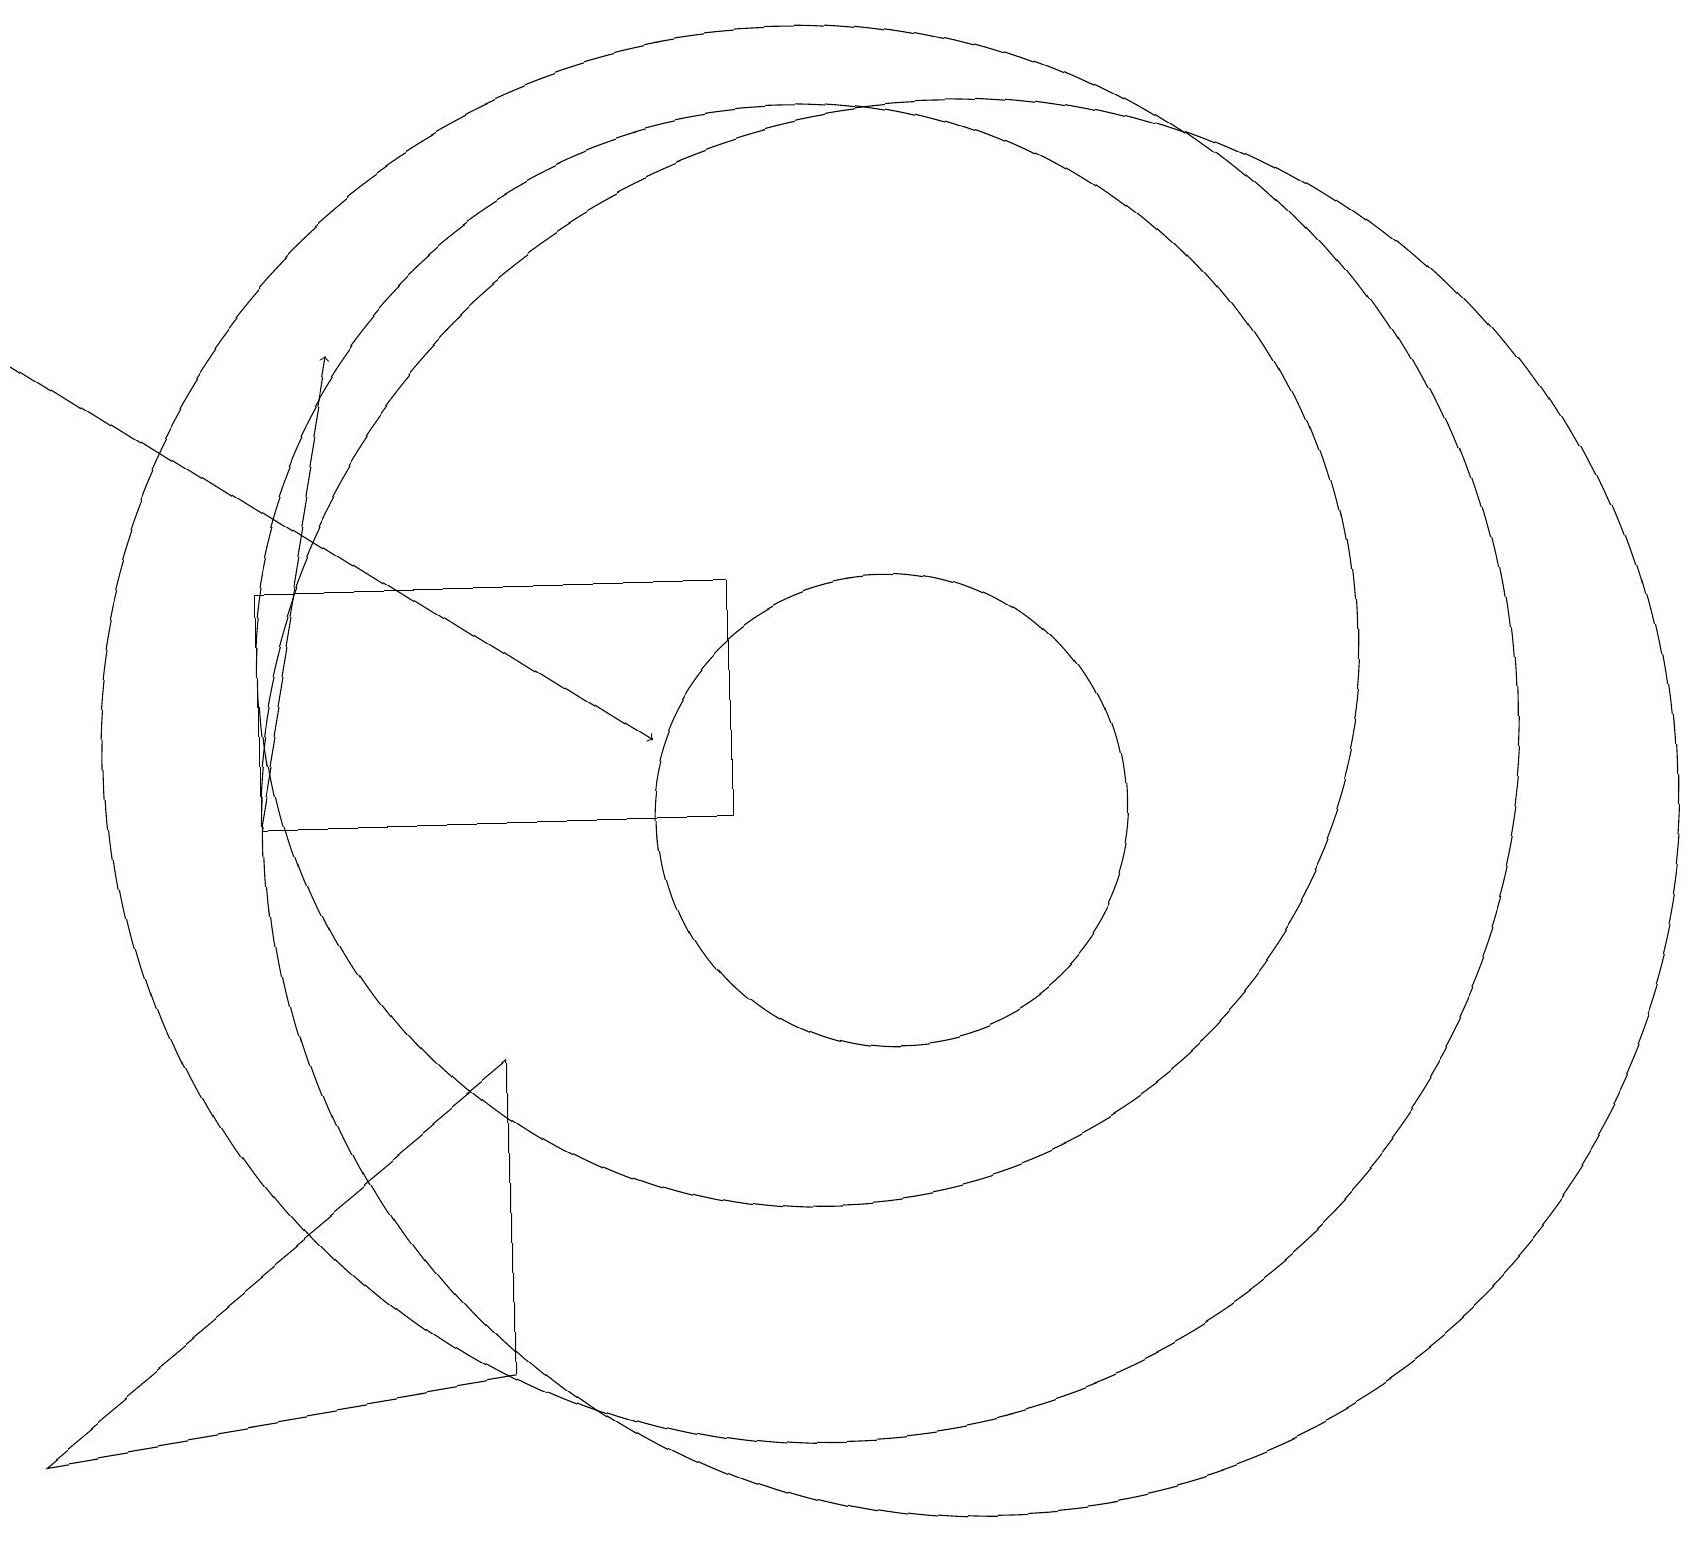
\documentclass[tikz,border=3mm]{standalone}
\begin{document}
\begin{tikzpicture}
\draw[->] (3,10) -- (4,16);
\draw (11,10) circle (3);
\draw (0,2) -- (6,7) -- (6,3) -- cycle;
\draw[->] (0,16) -- (8,11);
\draw (9,10) rectangle (3,13);
\draw (10,11) circle (9);
\draw (12,10) circle (9);
\draw (10,12) circle (7);
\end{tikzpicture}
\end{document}